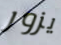
يزور